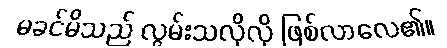
မခင်မိသည် လွမ်းသလိုလို ဖြစ်လာလေ၏။